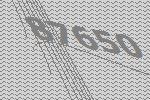
87650